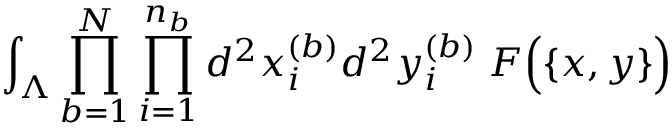
\int _ { \Lambda } \prod _ { b = 1 } ^ { N } \prod _ { i = 1 } ^ { n _ { b } } d ^ { 2 } x _ { i } ^ { ( b ) } d ^ { 2 } y _ { i } ^ { ( b ) } \; { \cal F } \Big ( \{ x , y \} \Big )